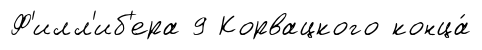
Ф'илл'иб'ера 9 Корвацкого конца́